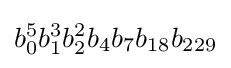
b_{0}^{5}b_{1}^{3}b_{2}^{2}b_{4}b_{7}b_{18}b_{229}